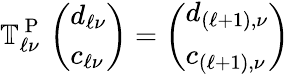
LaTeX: \mathbb{T}_{\ell\nu}^{\mathrm{~P~}}\left(\begin{array}{l}{d_{\ell\nu}}\\ {c_{\ell\nu}}\end{array}\right)=\left(\begin{array}{l}{d_{(\ell+1),\nu}}\\ {c_{(\ell+1),\nu}}\end{array}\right)